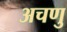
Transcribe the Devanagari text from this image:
अचणु